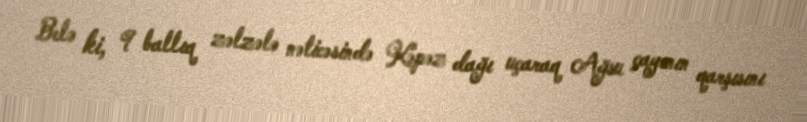
Belə ki, 9 ballıq zəlzələ nəticəsində Kəpəz dağı uçaraq Ağsu çayının qarşısını